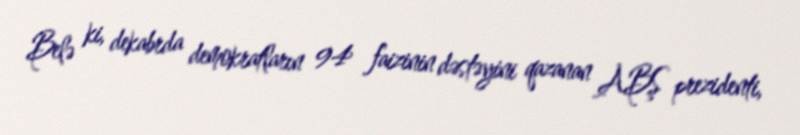
Belə ki, dekabrda demokratların 94 faizinin dəstəyini qazanan ABŞ prezidenti,